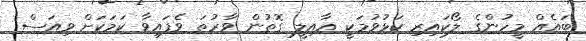
ބައެއް މީހުންގެ ލޯކައިރި ކަޅުވުމަކީ އާއިލީ ގޮތުން ވާރުތަ ވެފައިވާ ކަމަކަށް ވިއަސް